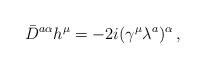
LaTeX: \begin{align*}\bar{D}^{a\alpha}h^{\mu}=-2i(\gamma^{\mu}\lambda^{a})^{\alpha}\,,\end{align*}